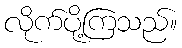
လိုက်ပို့ကြသည်။